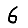
Digit: 6